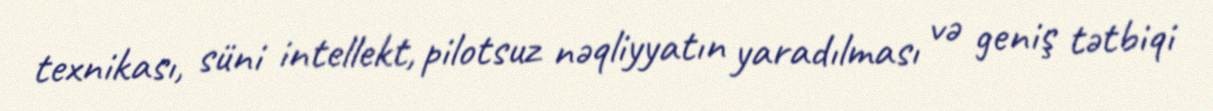
texnikası, süni intellekt, pilotsuz nəqliyyatın yaradılması və geniş tətbiqi